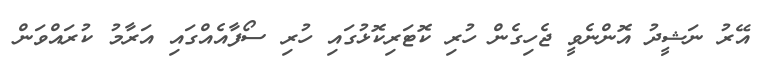
އޭރު ނަޝީދު އޮންނެވީ ޖެހިގެން ހުރި ކޮޓަރިކޮޅުގައި ހުރި ސޯފާއެއްގައި އަރާމު ކުރައްވަން